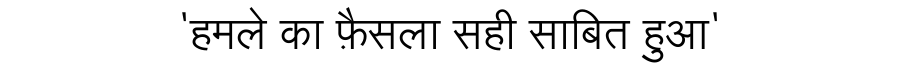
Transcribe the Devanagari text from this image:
'हमले का फ़ैसला सही साबित हुआ'